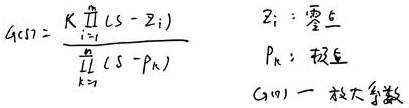
\( G(s)=\frac{K\prod_{i = 1}^{n}(s - z_i)}{\prod_{k = 1}^{m}(s - p_k)} \)\\
\(z_i:\)零点 \\
\(p_k:\)极点 \\
G(s):传递函数